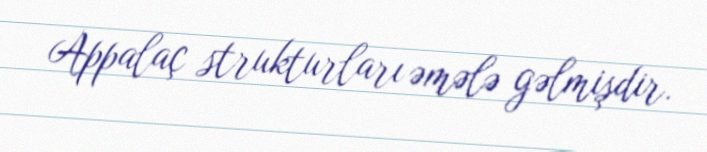
Appalaç strukturları əmələ gəlmişdir.